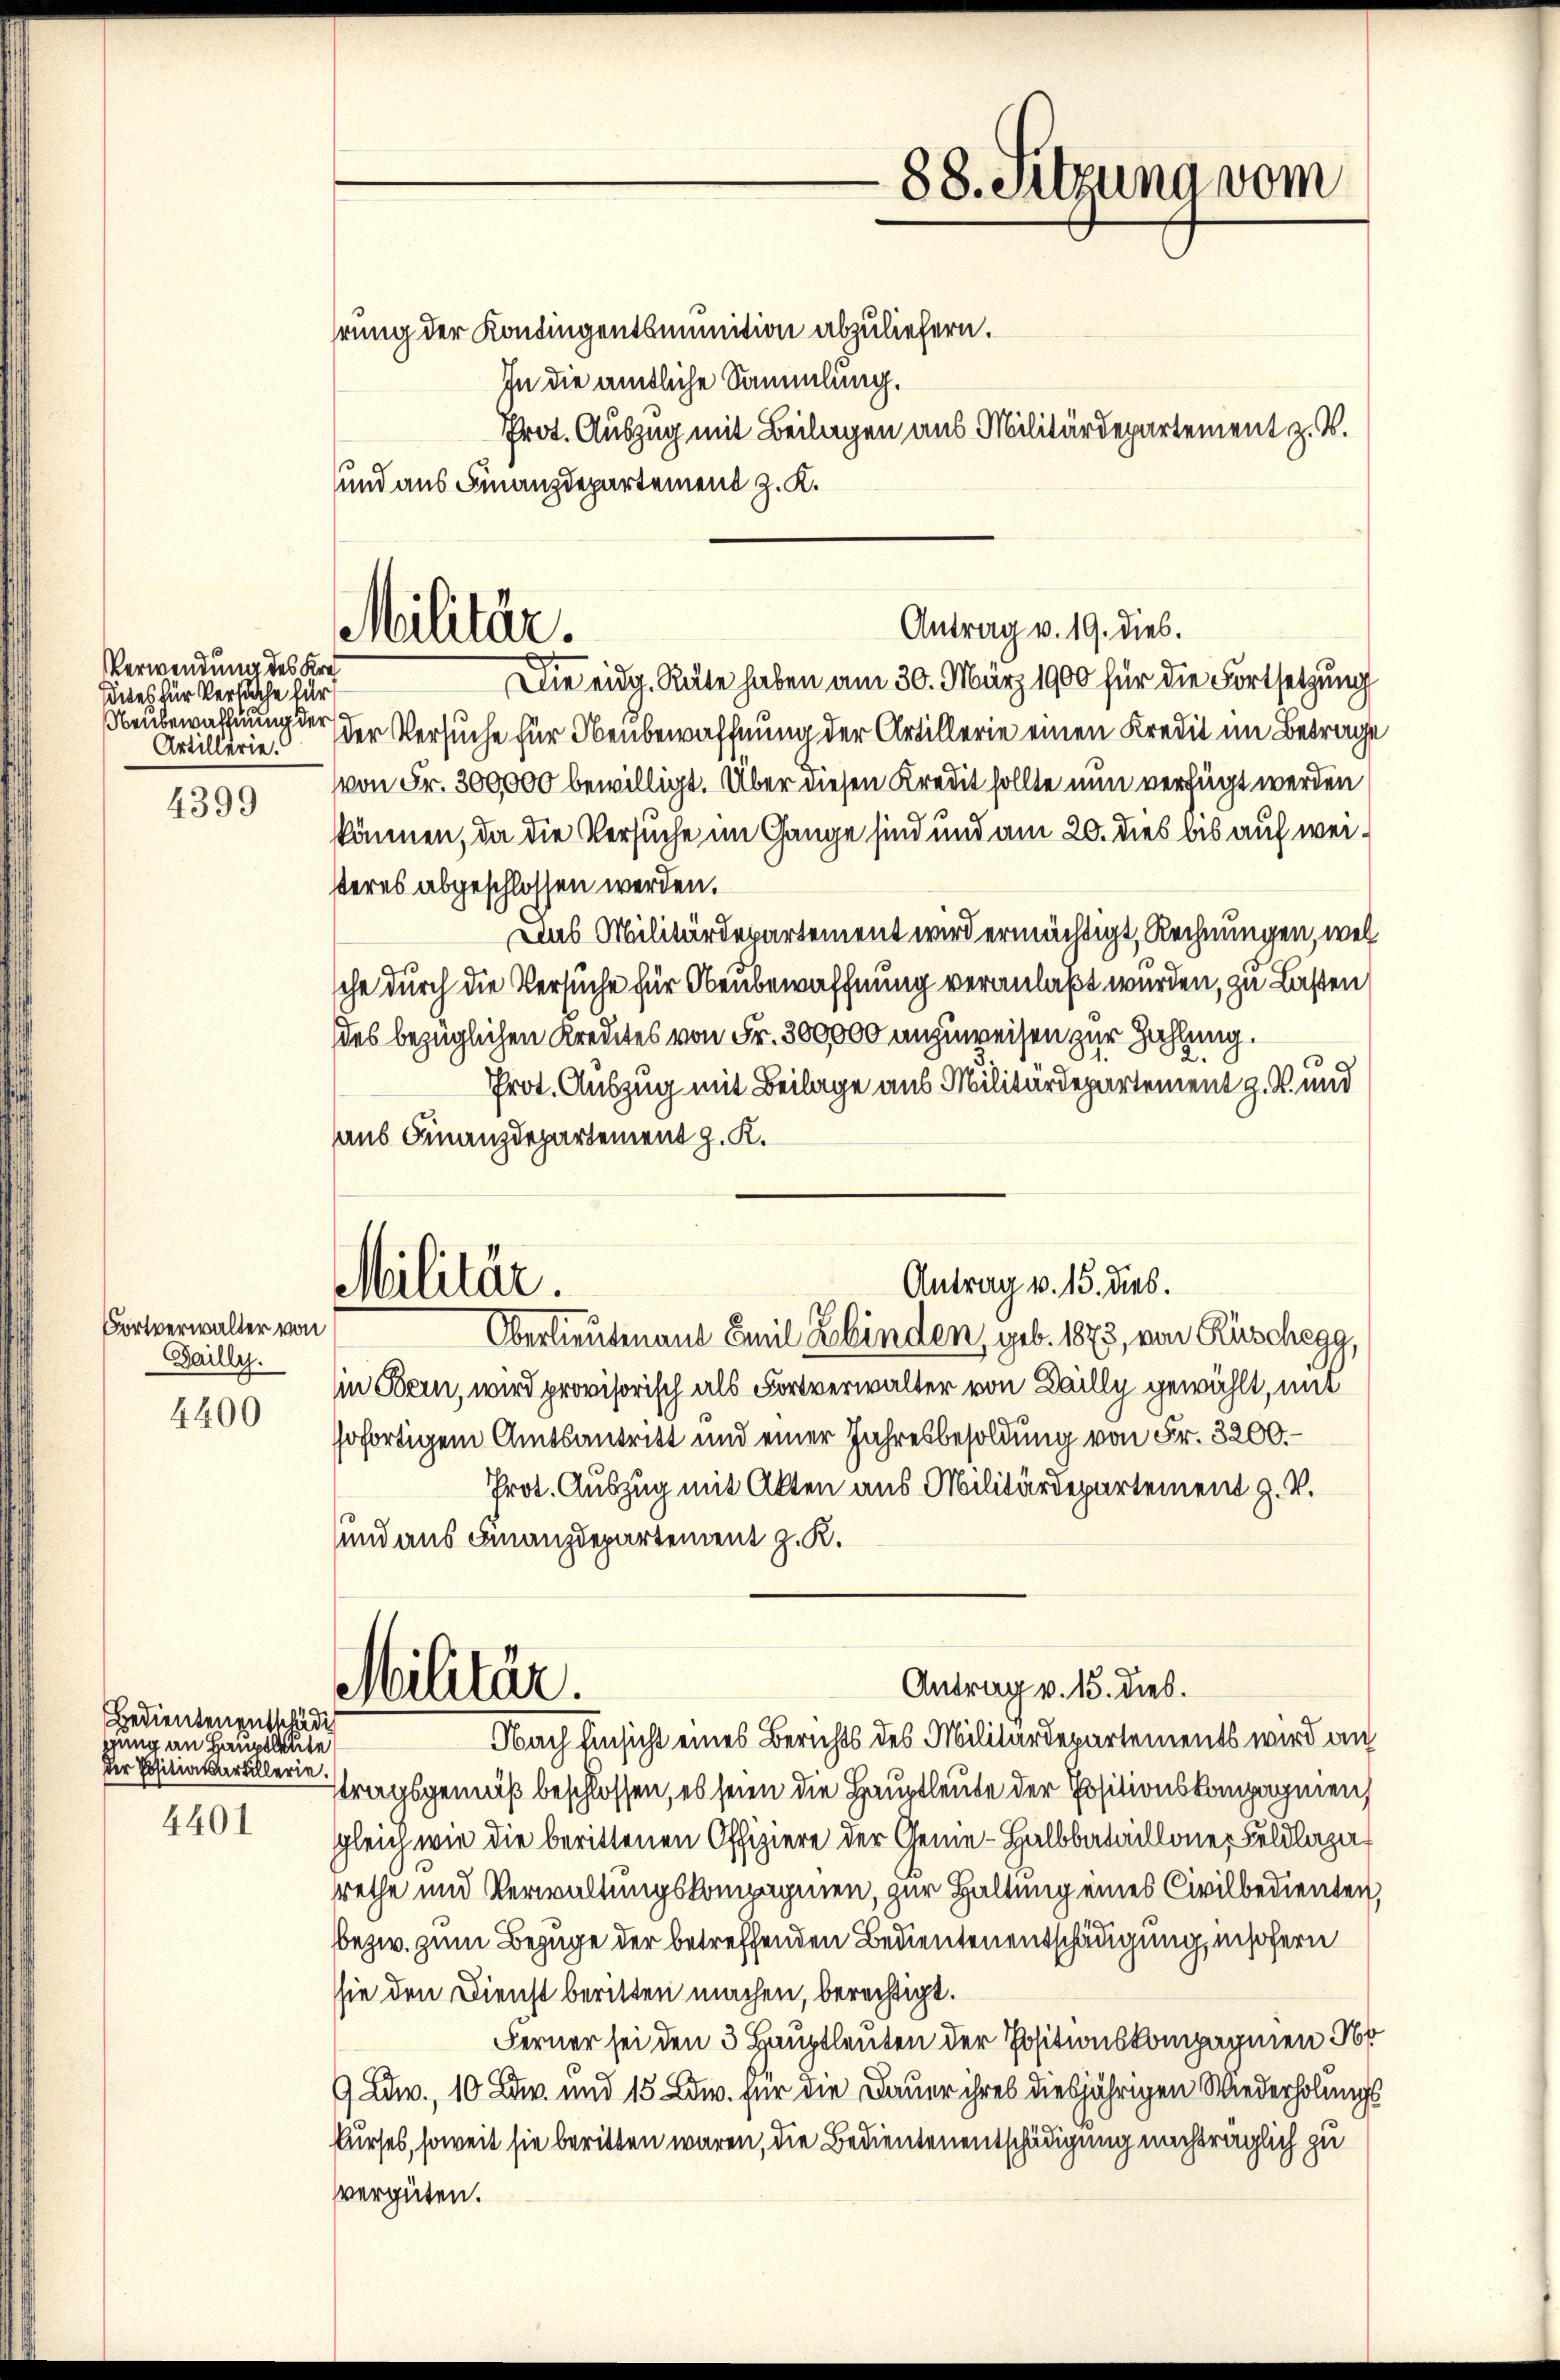
Verwendung des Kre¬
Sites für Versuche für
Neubewaffnung der
Artillerie.

4399

Fortverwalter von
Sailly.

4400

Bedienten entschädig
gung an Hauptleute
der Positiatartillerie.

4401

hrung der Kontingentsmunition abzuliefern.
In die amtliche Sammlung.
Prot. Auszug mit Beilagen aus Militärdepartement z. B.
und aus Finanzdepartement z. K.

Militär.

Militär.

Die eidg. Räte haben am 30. März 1900 für die Fortsetzung
der Versuche für Neubewaffnung der Artillerie einen Kredit im Betrage
von Fr. 300000 bewilligt. Über diesen Kredit sollte nun verfügt werden
können, da die Versuche im Gange sind und am 20. dies bis auf weisteres abgeschlossen werden.
Das Militärdepartement wird ermächtigt, Rechnungen, wel
sche durch die Versuche für Obenbewaffnung veranlaßt wurden, zu Lasten
des bezüglichen Kreutes von Fr. 300,000 anzuweisen zur Zahlung
2.
Prot. Auszug mit Beilage aus Militärdepartement z. V. und
aus Finanzdepartement z. K.
Oberlieutenant Emil Zbinden, geb. 1873, von Rüschegg,
In Bern, wird provisorisch als Fortverwalter von Dailly gewählt, mit
sofortigem Amtsantritt und einer Jahresbesoldung von Fr. 3200.
Prot. Auszug mit Akten aus Militärdepartement z. V.
und aus Finanzdepartement z. K.
Militär.
Antrag v. 15. dies.
Nbach Einsicht eines Berichts des Militärdepartements wird auf
stragsgemäß beschlossen, es seien die Hauptleute der Positionskompagnien,
gleich wie die berittenen Offiziere der Genie-Halbbataillone, Feldlazarethe und Verwaltungskompagnien, zur Haltung eines Civilbedienten,
bezw. zum Bezuge der betreffenden Bedientenentschädigung, insofern
sie den Dienst beritten machen, berechtigt.
Ferner sei den 3 Hauptleuten der Positionskompagnien N
9 Adv., 10 Fr. und 15 Edw. für die Dauer ihres diesjährigen Wiederholungskurses, soweit sie beritten waren, die Bedientenentschädigung nachträglich zu
vergüten.

88. Sitzung vom

Antrag v. 19. dies.

Antrag v. 15. dies.